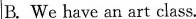
B. We have an art class.